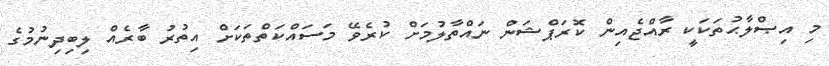
މި އިޞްލާޙުތަކަކީ ރާއްޖެއިން ކޮރަޕްޝަން ނައްތާލުމަށް ކުރެވޭ މަސައްކަތްތަކަށް އިތުރު ބާރެއް ލިބިދިނުމުގެ